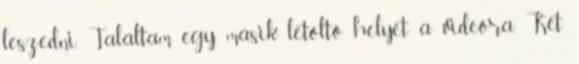
leszedni. Találtam egy másik letöltő helyet a videóra. Két